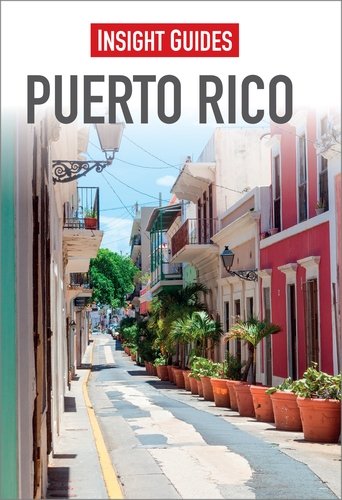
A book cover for Insight Guides: Puerto Rico; Insight Guides; Travel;